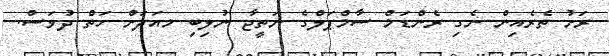
ރަށު ތެރެއިން ނެގި ރެންޑަމް ސާމްޕަލްގެ ނަތީޖާ ނުލިބި މއަދަށް ހަތް ދުވަސް.